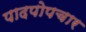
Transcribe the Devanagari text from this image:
पादपोपचार